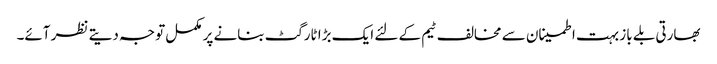
بھارتی بلے باز بہت اطمینان سے مخالف ٹیم کے لئے ایک بڑا ٹارگٹ بنانے پر مکمل توجہ دیتے نظر آئے۔